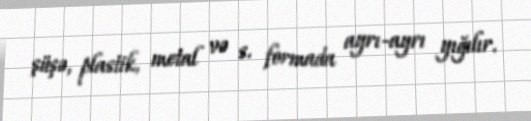
şüşə, plastik, metal və s. formada ayrı-ayrı yığılır.